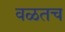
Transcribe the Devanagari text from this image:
वळतच